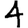
Digit: 4